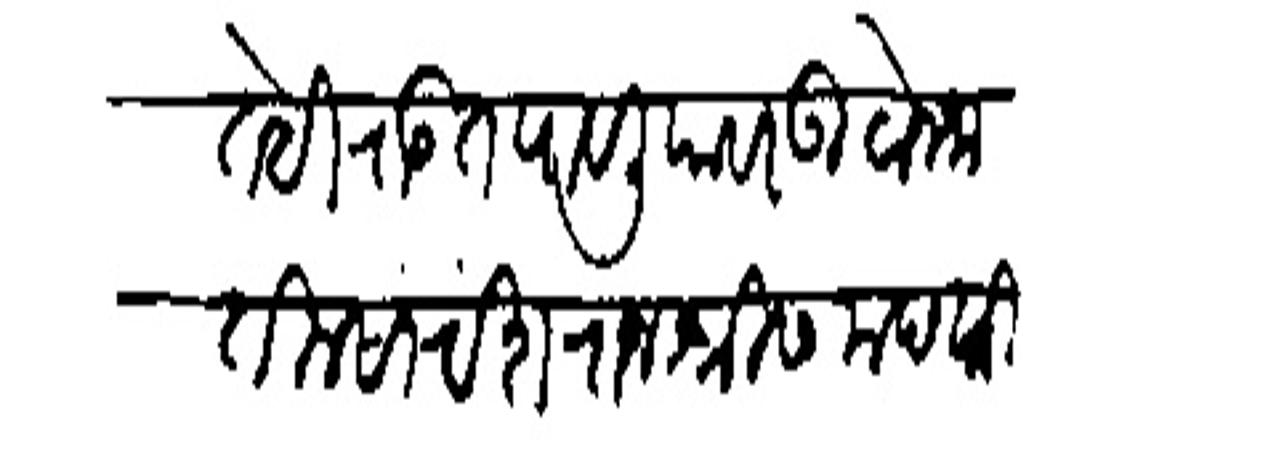
Transliteration (Devanagari): तेहि राइत पावलियावर उठोन जातील सारांद्ष राजशीस मंदवारी